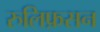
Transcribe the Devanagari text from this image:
रुलिफ़सन